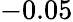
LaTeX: -0.05